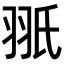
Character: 𦐊